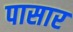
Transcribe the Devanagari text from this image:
पासार